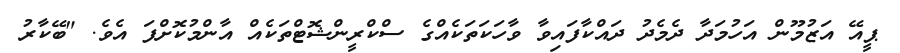
ޕީއޭ އަޒުމޫން އަހުމަދާ ދެމެދު ދައްކާފައިވާ ވާހަކަތަކެއްގެ ސްކްރީންޝޮޓްތަކެއް އާންމުކޮށްފަ އެވެ. "ބޭކާރު